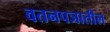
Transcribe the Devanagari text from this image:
वतनपञातील